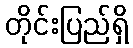
တိုင်းပြည်ရှိ